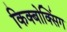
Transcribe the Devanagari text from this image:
किक्बोक्सिंग